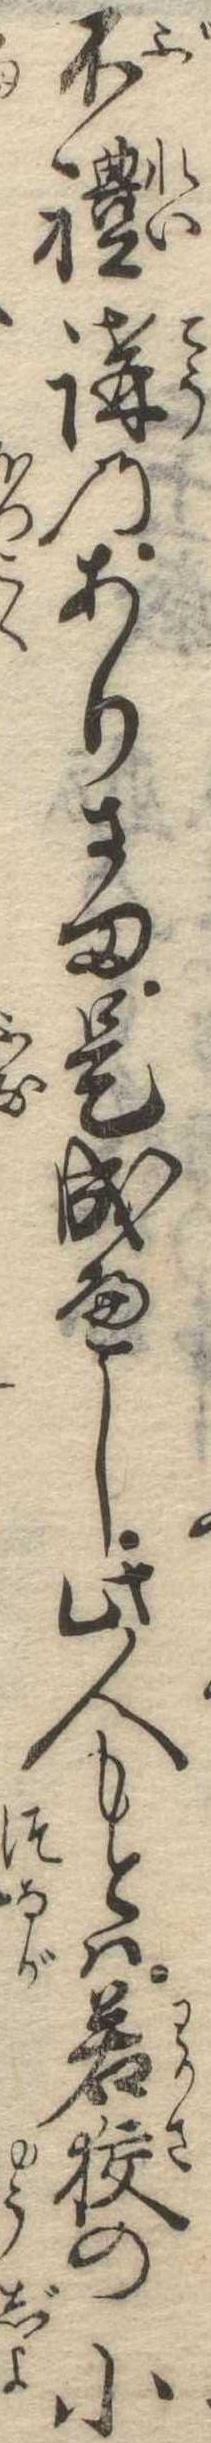
不礼講のありさま是成へし此人もとは若狭の小